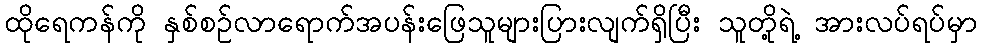
ထိုရေကန်ကို နှစ်စဉ်လာရောက်အပန်းဖြေသူများပြားလျက်ရှိပြီး သူတို့ရဲ့ အားလပ်ရပ်မှာ